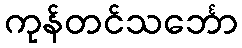
ကုန်တင်သင်္ဘော